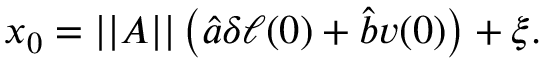
\begin{array} { r } { x _ { 0 } = | | A | | \left( \hat { a } \delta \ell ( 0 ) + \hat { b } v ( 0 ) \right) + \xi . } \end{array}